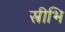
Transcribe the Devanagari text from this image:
स्त्रीभि